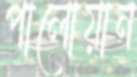
পালোয়ান